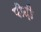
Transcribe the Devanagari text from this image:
पीढ़़ी